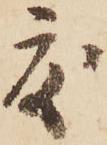
度